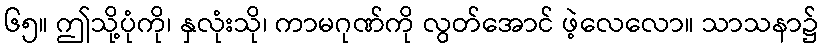
၆၅။ ဤသို့ပုံကို၊ နှလုံးသို၊ ကာမဂုဏ်ကို လွတ်အောင် ဖဲ့လေလော။ သာသနာ၌